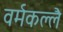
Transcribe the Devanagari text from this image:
वर्मकल्लै